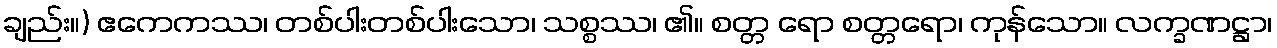
ချည်း။) ဧကေကဿ၊ တစ်ပါးတစ်ပါးသော၊ သစ္စဿ၊ ၏။ စတ္တ ရော စတ္တရော၊ ကုန်သော။ လက္ခဏဋ္ဌာ၊